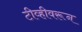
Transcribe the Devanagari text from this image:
टीव्हीवरून